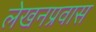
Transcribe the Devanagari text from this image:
लेखनप्रवास